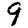
Digit: 9